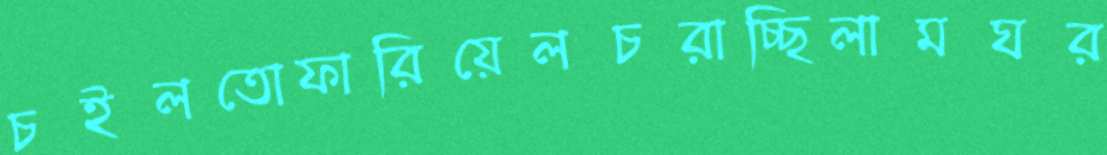
চইলতোফারিয়েলচরাচ্ছিলামঘর